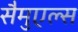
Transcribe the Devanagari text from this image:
सैमुएल्स